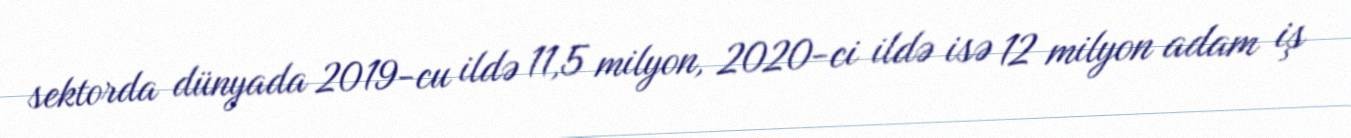
sektorda dünyada 2019-cu ildə 11,5 milyon, 2020-ci ildə isə 12 milyon adam iş